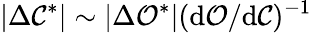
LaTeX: \left|\Delta\mathcal{C}^{*}\right|\sim\left|\Delta\mathcal{O}^{*}\right|(\mathrm{d}\mathcal{O}/\mathrm{d}\mathcal{C})^{-1}